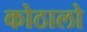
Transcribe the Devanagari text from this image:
कोठालो